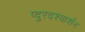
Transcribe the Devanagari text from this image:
प्दुरदश्यार्शन